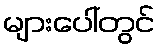
များပေါ်တွင်